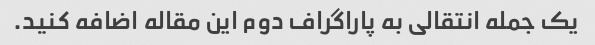
یک جمله انتقالی به پاراگراف دوم این مقاله اضافه کنید.